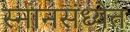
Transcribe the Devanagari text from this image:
स्नानसंध्येत